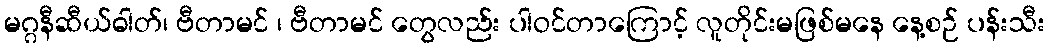
မဂ္ဂနီဆီယ်ဓါတ်၊ ဗီတာမင် ၊ ဗီတာမင် တွေလည်း ပါဝင်တာကြောင့် လူတိုင်းမဖြစ်မနေ နေ့စဉ် ပန်းသီး